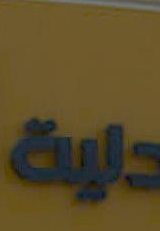
داية